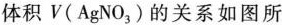
体积V(AgNO_{3})的关系如图所